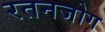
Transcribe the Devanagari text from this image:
रतनजोग